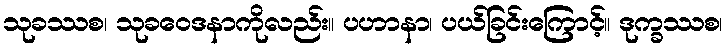
သုခဿစ၊ သုခဝေဒနာကိုလည်း။ ပဟာနာ၊ ပယ်ခြင်းကြောင့်။ ဒုက္ခဿစ၊